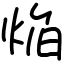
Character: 焔